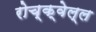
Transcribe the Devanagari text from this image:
रोच्क्वेल्ल